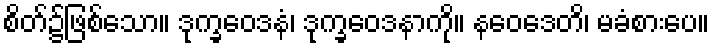
စိတ်၌ဖြစ်သော။ ဒုက္ခဝေဒနံ၊ ဒုက္ခဝေဒနာကို။ နဝေဒေတိ၊ မခံစားပေ။